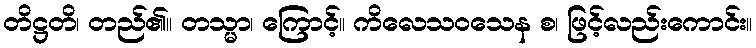
တိဋ္ဌတိ၊ တည်၏။ တသ္မာ၊ ကြောင့်။ ကိလေသဝသေန စ၊ ဖြင့်လည်းကောင်း။